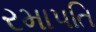
રમાપતિ